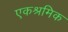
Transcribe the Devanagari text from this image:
एकश्रमिक